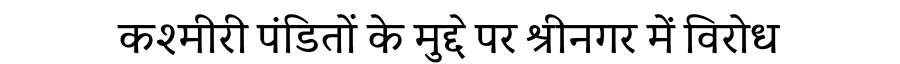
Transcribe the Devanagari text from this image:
कश्मीरी पंडितों के मुद्दे पर श्रीनगर में विरोध